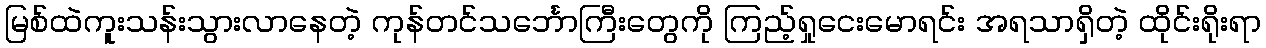
မြစ်ထဲကူးသန်းသွားလာနေတဲ့ ကုန်တင်သင်္ဘောကြီးတွေကို ကြည့်ရှုငေးမောရင်း အရသာရှိတဲ့ ထိုင်းရိုးရာ